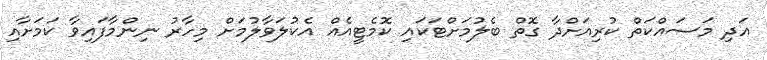
އަދި މަސައްކަތް ކުރިއަށްދާ ގޮތް ބެލުމަށްޓަކައި ކޮމެޓީއެއް އެކުލަވާލުމަށް މިހާރު ނިންމާފައިވާ ކަމަށާއި